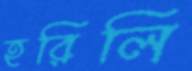
হরিলি